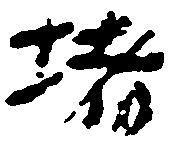
堵